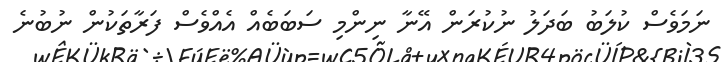
ނަމަވެސް ކުލަބު ބަދަލު ނުކުރަން އޭނާ ނިންމި ސަބަބެއް އެއްވެސް ފަރާތަކުން ނުބުނެ